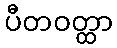
ပီတဝတ္ထာ